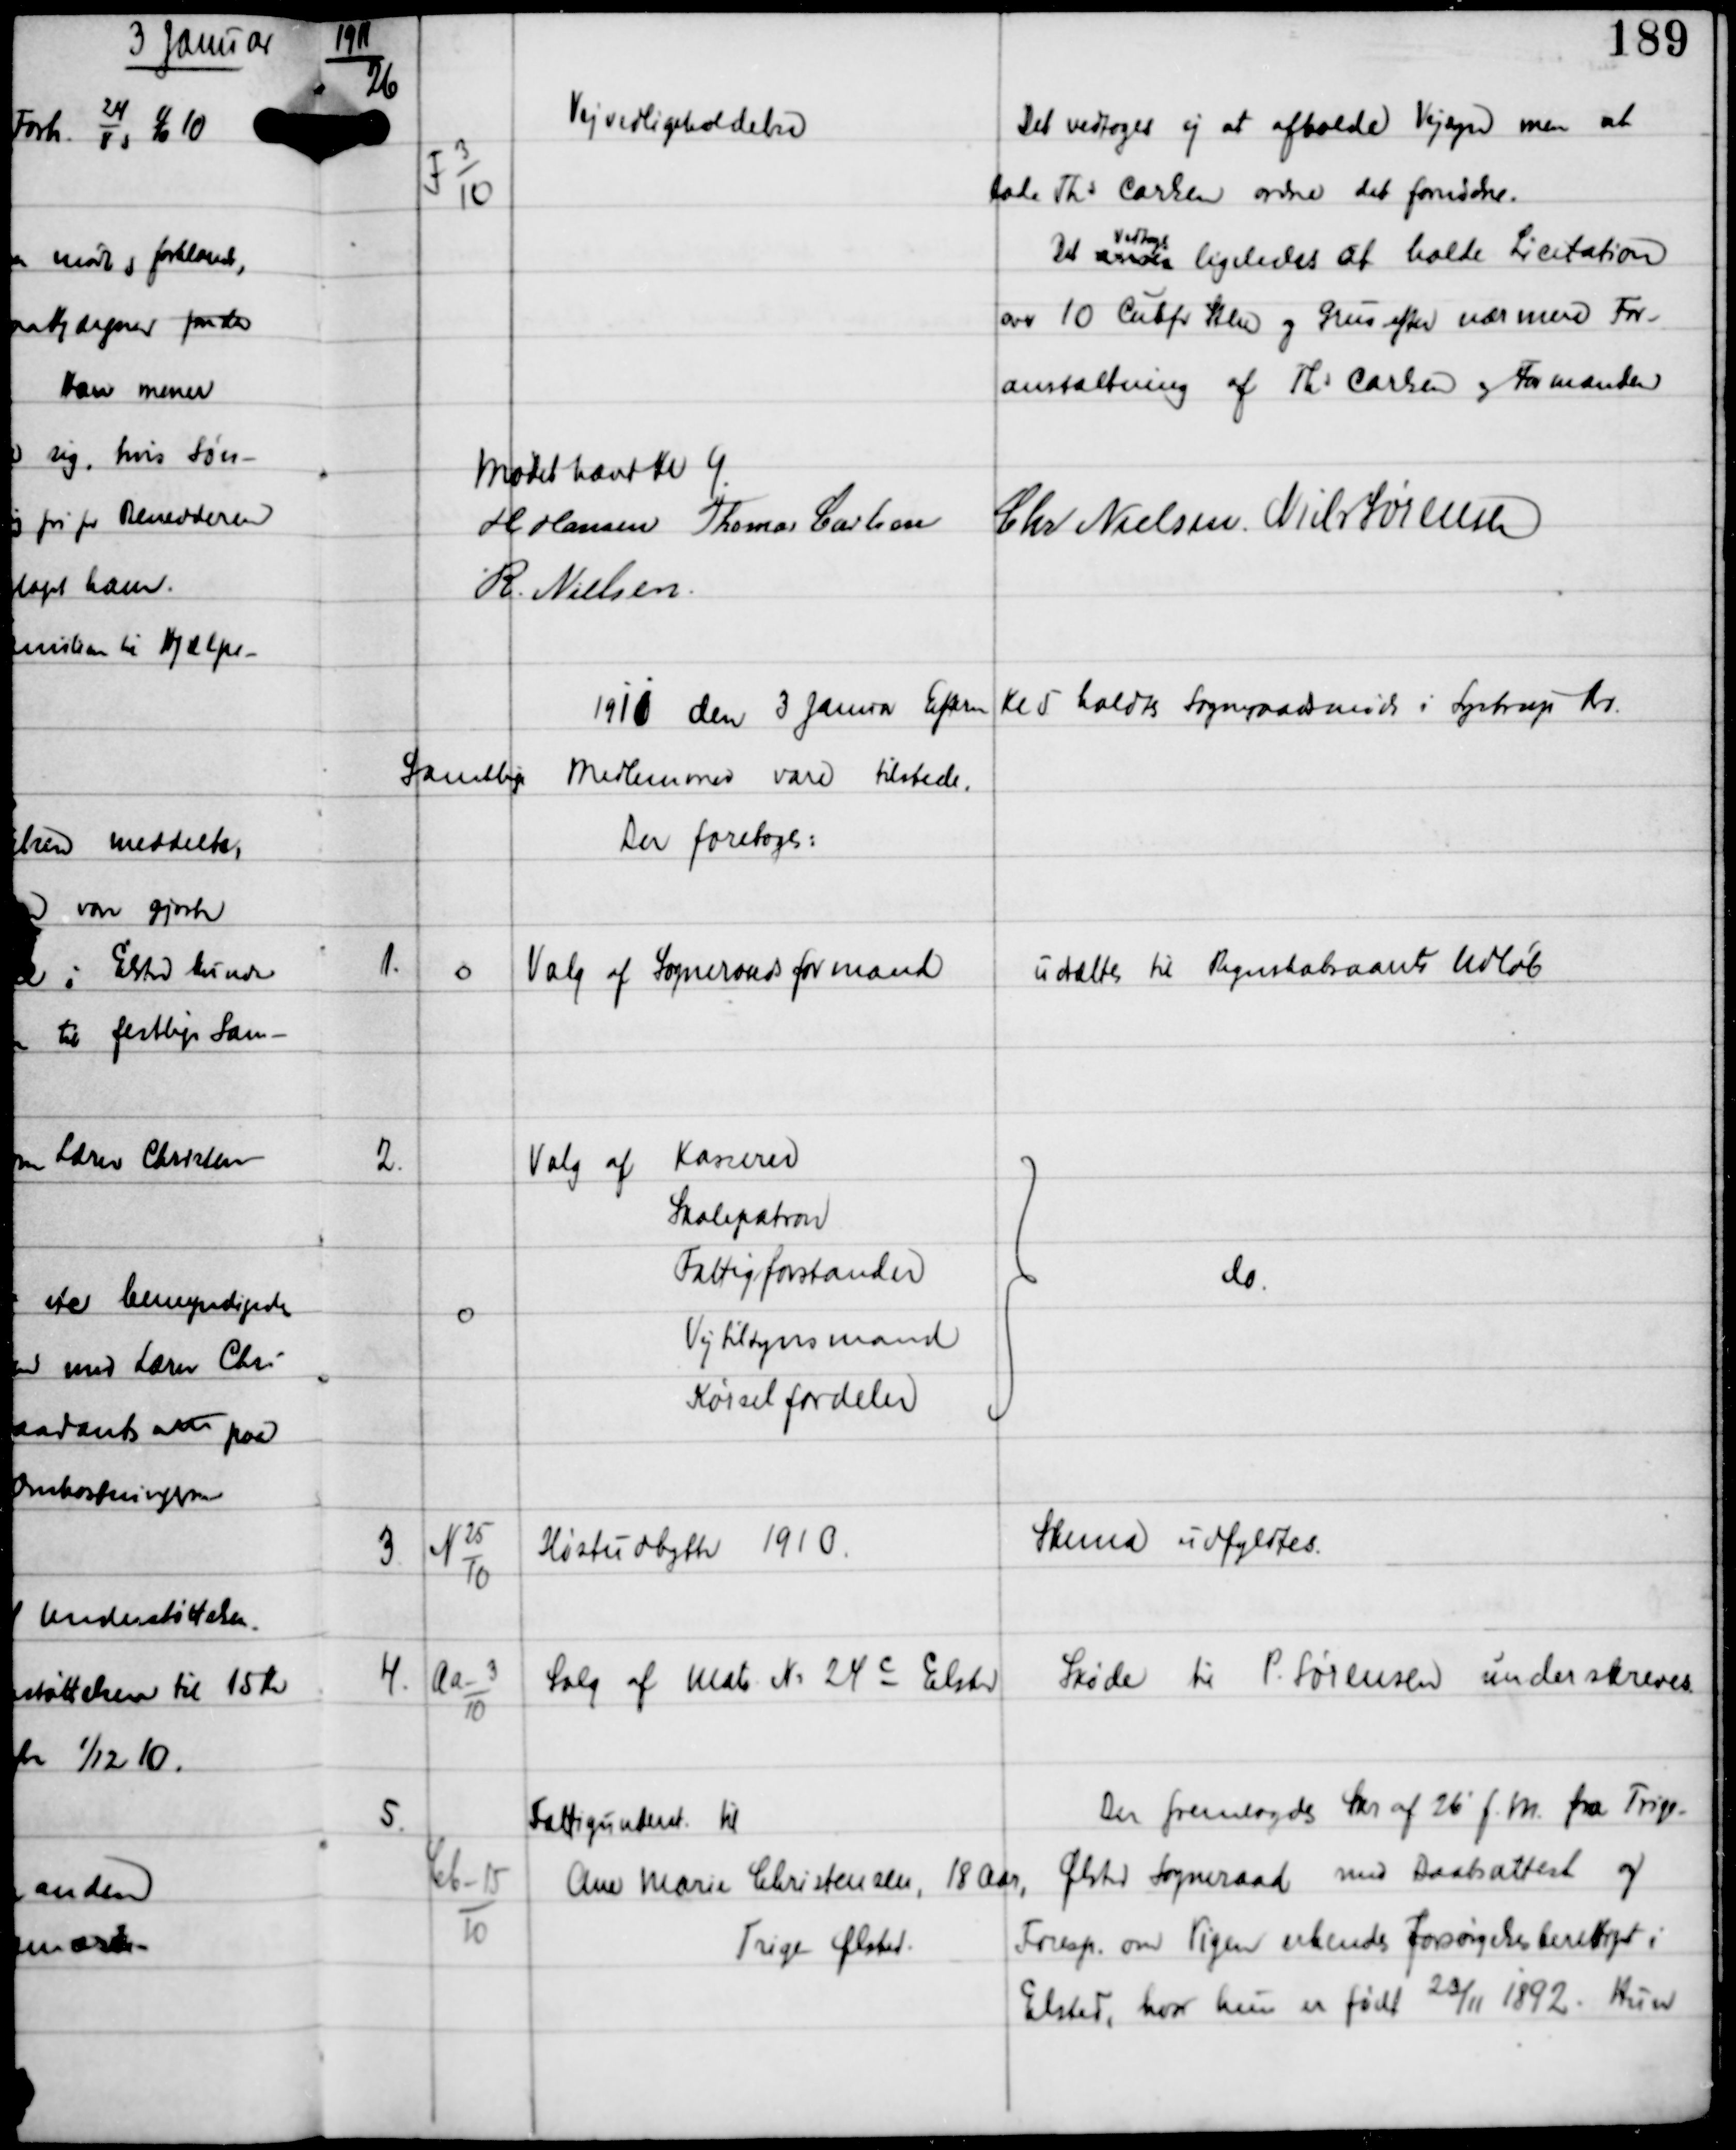
Transskription:
1911

26

F 3
10

Vejvedligeholdelse

Det vedtoges ej at afholde Vejsyn men at
lade Ths Carlsen ordne det fornødne.
Det anses
vedtoges
ligeledes at holde Licitation
over 10 Cubfv Sten og Grus efter nærmere For-
anstaltning af Ths Carlsen og Formanden

Mødet hævet Kl 4
H Hansen Thomas Carlsen
Chr Nielsen Niels Sørensen
R Nielsen

1911 den 3 Januar Efterm Kl 5 holdtes Sogneraadsmøde i Lystrup Kro
Samtlige
Medlemmer vare tilstede.
Der foretoges:

1.

0

Valg af Sogneraadsformand

udsættes til Regnskabsaarets Udløb

2.

0

Valg af
Kasserer
Skolepatron
Fattigforstander
Vejtilsynsmand
Kørselsfordeler

do

3.

N 25
10

Høstudbytte 1910

Skema udfyldtes

4.

Aa-3
10

Salg af Matr N: 24 c Elsted

Skøde til P. Sørensen underskrevedes

5.

Cb-15
10

Fattigunderst til
Ane Marie Christensen, 18 Aar
Trige Ølsted.

Der fremlagdes Skr af 26' f.M. fra Trige-
Ølsted Sogneraad med Daabsattest og
Foresp om Pigen erkendes Forsørgelsesberettiget i
Elsted, hvor hun er født 23/11 1892. Hun